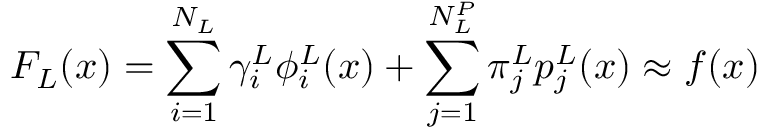
F _ { L } ( \boldsymbol { x } ) = \sum _ { i = 1 } ^ { N _ { L } } \gamma _ { i } ^ { L } \phi _ { i } ^ { L } ( \boldsymbol { x } ) + \sum _ { j = 1 } ^ { N _ { L } ^ { P } } \pi _ { j } ^ { L } p _ { j } ^ { L } ( \boldsymbol { x } ) \approx f ( \boldsymbol { x } )